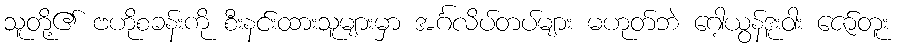
သူတို့၏ ဗဟိုစခန်းကို စီးနင်းထားသူများမှာ အင်္ဂလိပ်တပ်များ မဟုတ်ဘဲ ဂေါ့ယွန်ဒူးဝါး ဇော်တူး